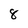
Character: 8